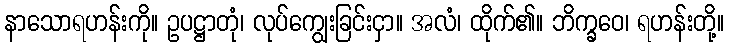
နာသောရဟန်းကို။ ဥပဋ္ဌာတုံ၊ လုပ်ကျွေးခြင်းငှာ။ အလံ၊ ထိုက်၏။ ဘိက္ခဝေ၊ ရဟန်းတို့။